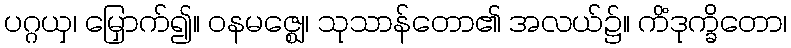
ပဂ္ဂယှ၊ မြှောက်၍။ ဝနမဇ္ဈေ၊ သုသာန်တော၏ အလယ်၌။ ကိံဒုက္ခိတော၊